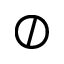
\oslash